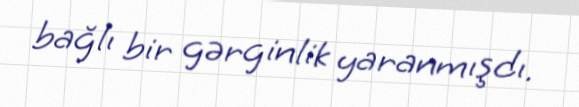
bağlı bir gərginlik yaranmışdı.